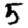
Digit: 5